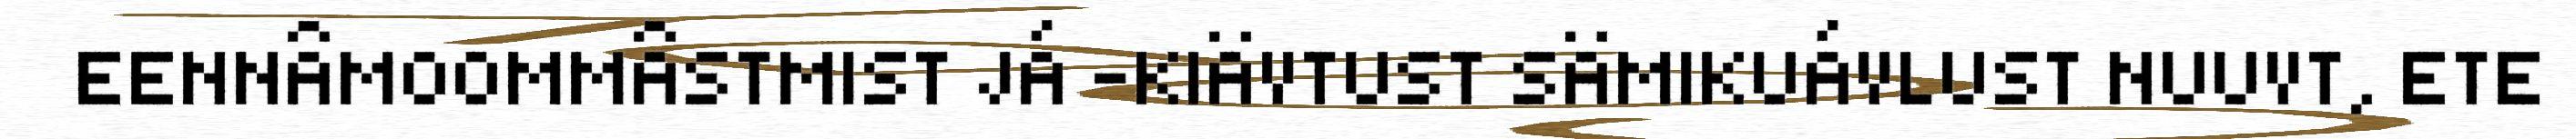
EENNÂMOOMMÂSTMIST JÁ –KIÄVTUST SÄMIKUÁVLUST NUUVT, ETE